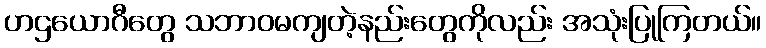
ဟဌယောဂီတွေ သဘာဝမကျတဲ့နည်းတွေကိုလည်း အသုံးပြုကြတယ်။